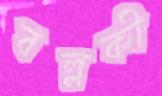
বল্লকী